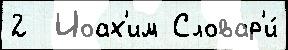
2  Иоах'им Словар'и́